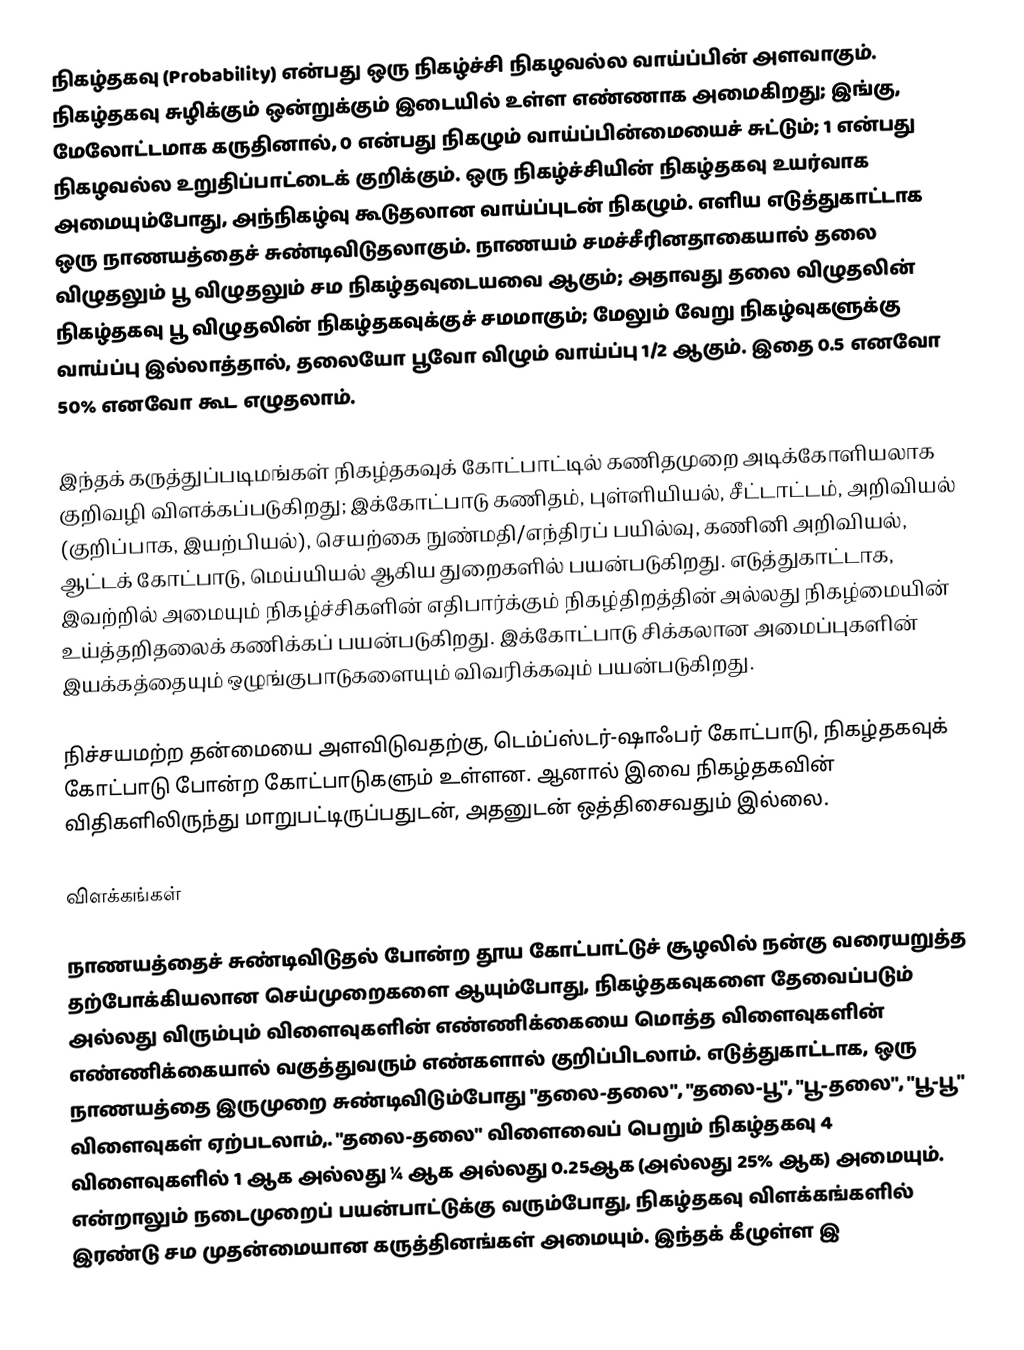
நிகழ்தகவு (Probability) என்பது ஒரு நிகழ்ச்சி நிகழவல்ல வாய்ப்பின் அளவாகும். நிகழ்தகவு சுழிக்கும் ஒன்றுக்கும் இடையில் உள்ள எண்ணாக அமைகிறது; இங்கு, மேலோட்டமாக கருதினால், 0 என்பது நிகழும் வாய்ப்பின்மையைச் சுட்டும்; 1 என்பது நிகழவல்ல உறுதிப்பாட்டைக் குறிக்கும். ஒரு நிகழ்ச்சியின் நிகழ்தகவு உயர்வாக அமையும்போது, அந்நிகழ்வு கூடுதலான வாய்ப்புடன் நிகழும். எளிய எடுத்துகாட்டாக ஒரு நாணயத்தைச் சுண்டிவிடுதலாகும். நாணயம் சமச்சீரினதாகையால் தலை விழுதலும் பூ விழுதலும் சம நிகழ்தவுடையவை ஆகும்; அதாவது தலை விழுதலின் நிகழ்தகவு பூ விழுதலின் நிகழ்தகவுக்குச் சமமாகும்; மேலும் வேறு நிகழ்வுகளுக்கு வாய்ப்பு இல்லாத்தால், தலையோ பூவோ விழும் வாய்ப்பு 1/2 ஆகும். இதை 0.5 எனவோ 50% எனவோ கூட எழுதலாம்.

இந்தக் கருத்துப்படிமங்கள் நிகழ்தகவுக் கோட்பாட்டில் கணிதமுறை அடிக்கோளியலாக குறிவழி விளக்கப்படுகிறது; இக்கோட்பாடு கணிதம், புள்ளியியல், சீட்டாட்டம், அறிவியல் (குறிப்பாக, இயற்பியல்), செயற்கை நுண்மதி/எந்திரப் பயில்வு, கணினி அறிவியல், ஆட்டக் கோட்பாடு, மெய்யியல் ஆகிய துறைகளில் பயன்படுகிறது. எடுத்துகாட்டாக, இவற்றில் அமையும் நிகழ்ச்சிகளின் எதிபார்க்கும் நிகழ்திறத்தின் அல்லது நிகழ்மையின் உய்த்தறிதலைக் கணிக்கப் பயன்படுகிறது. இக்கோட்பாடு சிக்கலான அமைப்புகளின் இயக்கத்தையும் ஒழுங்குபாடுகளையும்  விவரிக்கவும் பயன்படுகிறது.

நிச்சயமற்ற தன்மையை அளவிடுவதற்கு, டெம்ப்ஸ்டர்-ஷாஃபர் கோட்பாடு, நிகழ்தகவுக் கோட்பாடு போன்ற கோட்பாடுகளும் உள்ளன. ஆனால் இவை நிகழ்தகவின் விதிகளிலிருந்து மாறுபட்டிருப்பதுடன், அதனுடன் ஒத்திசைவதும் இல்லை.

விளக்கங்கள்

நாணயத்தைச் சுண்டிவிடுதல் போன்ற  தூய கோட்பாட்டுச் சூழலில் நன்கு வரையறுத்த தற்போக்கியலான செய்முறைகளை ஆயும்போது,  நிகழ்தகவுகளை தேவைப்படும் அல்லது விரும்பும் விளைவுகளின் எண்ணிக்கையை மொத்த விளைவுகளின் எண்ணிக்கையால் வகுத்துவரும் எண்களால் குறிப்பிடலாம். எடுத்துகாட்டாக, ஒரு நாணயத்தை இருமுறை சுண்டிவிடும்போது  "தலை-தலை", "தலை-பூ", "பூ-தலை",  "பூ-பூ" விளைவுகள் ஏற்படலாம்,.  "தலை-தலை" விளைவைப் பெறும் நிகழ்தகவு  4 விளைவுகளில் 1 ஆக அல்லது ¼ ஆக அல்லது 0.25ஆக (அல்லது 25% ஆக) அமையும். என்றாலும் நடைமுறைப் பயன்பாட்டுக்கு வரும்போது,   நிகழ்தகவு விளக்கங்களில் இரண்டு சம முதன்மையான கருத்தினங்கள் அமையும். இந்தக் கீழுள்ள இ